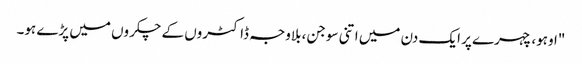
"اوہو، چہرے پر ایک دن میں اتنی سوجن، بلاوجہ ڈاکٹروں کے چکروں میں پڑے ہو۔